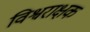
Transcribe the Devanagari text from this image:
विश्वराक्षक